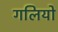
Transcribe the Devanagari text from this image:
गलियो